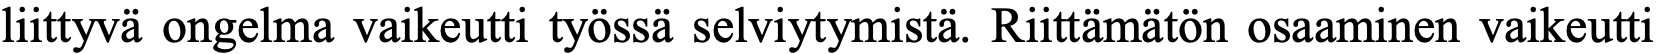
liittyvä ongelma vaikeutti työssä selviytymistä. Riittämätön osaaminen vaikeutti